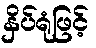
နှိပ်ရုံဖြင့်